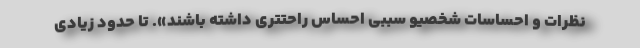
نظرات و احساسات شخصیو سببی احساس راحتتری داشته باشند». تا حدود زیادی